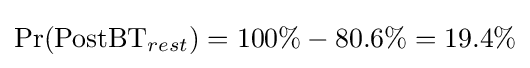
\Pr({\text{PostBT}}_{rest})=100\%-80.6\%=19.4\%